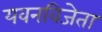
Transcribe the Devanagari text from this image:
यवनविजेता